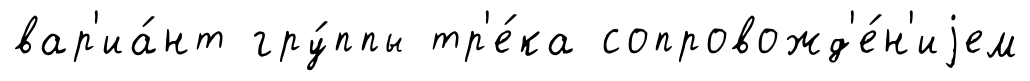
вар'иа́нт гру́ппы тр'е́ка сопровожд'е́н'иjем